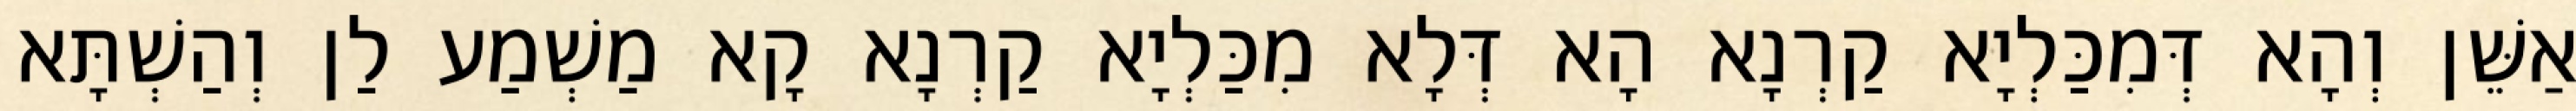
אַשֵּׁן וְהָא דְּמִכַּלְיָא קַרְנָא הָא דְּלָא מִכַּלְיָא קַרְנָא קָא מַשְׁמַע לַן וְהַשְׁתָּא